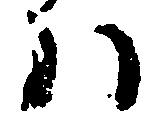
ハ